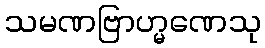
သမဏဗြာဟ္မဏေသု